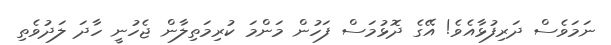
ނަމަވެސް ދަރިފުޅާއެވެ! އޭގެ ދޮޅުމަސް ފަހުން މަންމަ ކުރިމަތިލާން ޖެހުނީ ހާދަ ލަދުވެތި